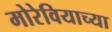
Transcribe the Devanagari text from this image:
मोरेवियाच्या